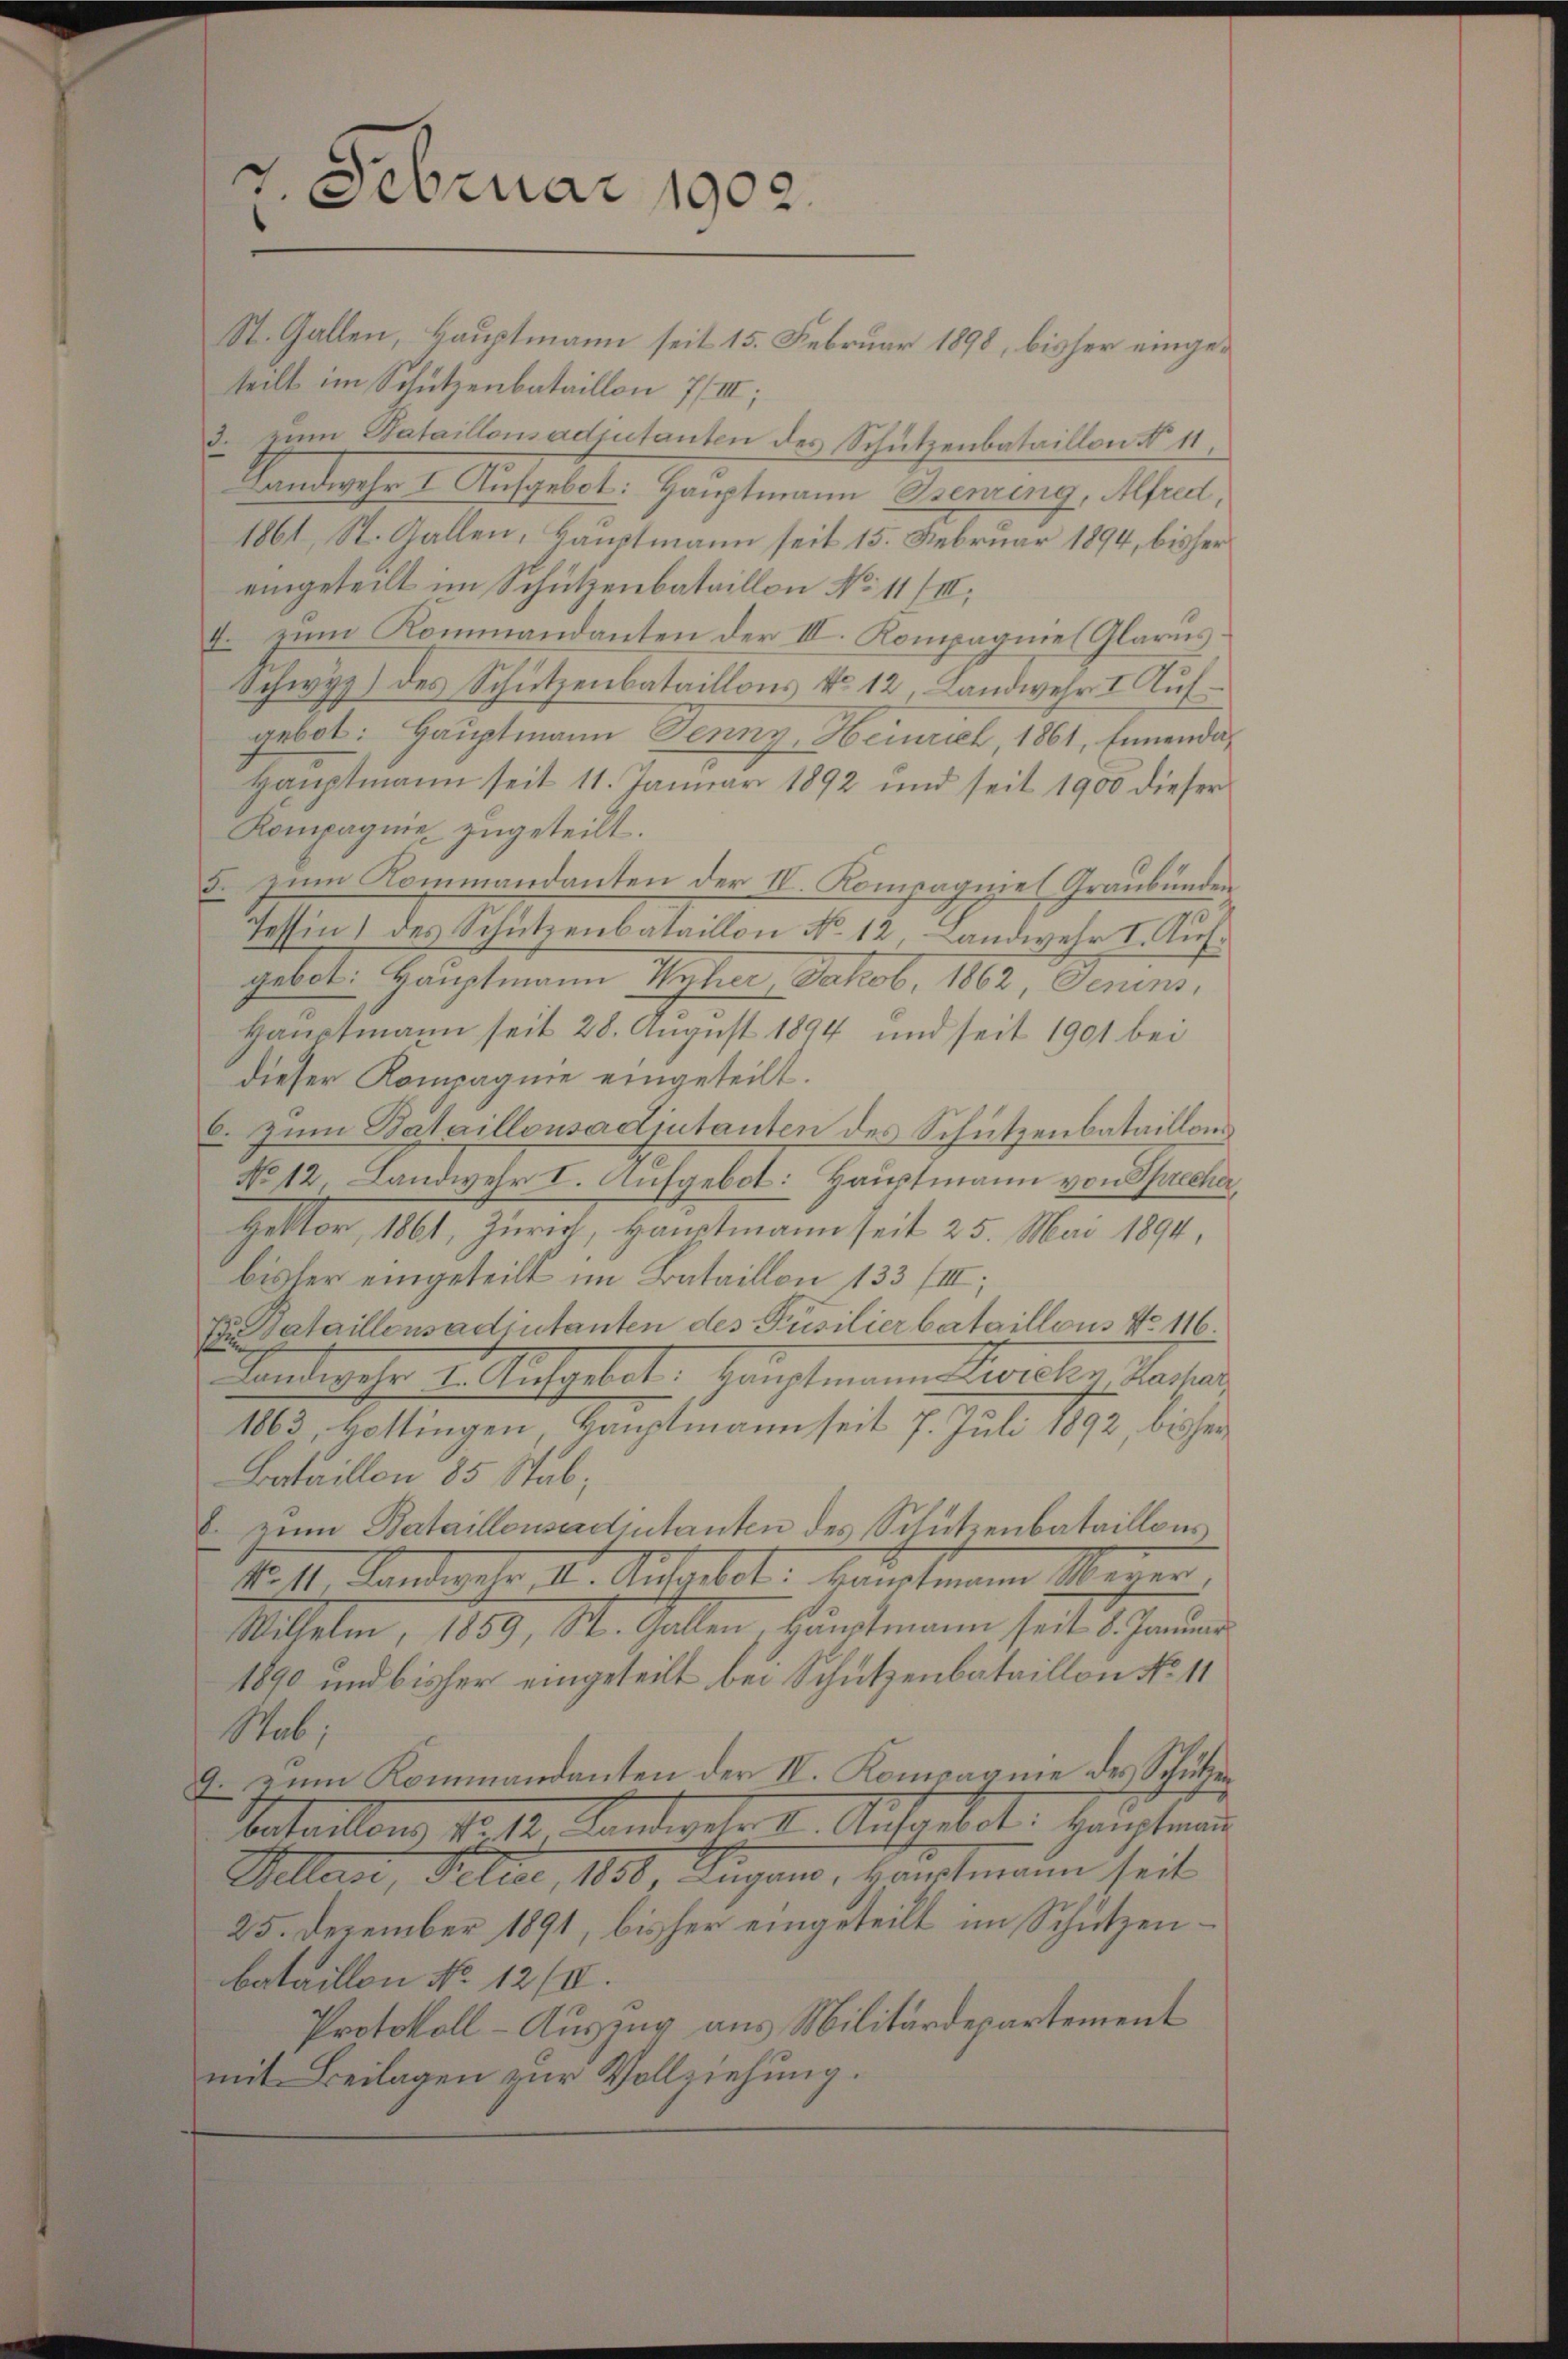
7. Februar 1902.

St. Gallen, Hauptmann seit 15. Februar 1898, bisher eingeteilt im Schützenbataillon 7/III;
3. Zum Bataillonsadjutanten des Schützenbataillon No 11.
Handwehr I. Aufgebet: Hauptmann Ssenring, Alfred,
1861, St. Gallen, Hauptmann seit 15. Februar 1894, bisher
eingeteilt im Schützenbataillon No 11 (II
4. zum Kommandanten der III. Kompagniel Glarus
Schwyz) des Schützenbataillons No. 12, Landwehr I. Aufgebot: Hauptmann Jenny, Heinrich 1861, Innenda¬
Hauptmann seit 11. Januar 1892 und seit 1900 dieser
Kompagnie zugeteilt.
5. zum Commandanten der IV. Kompagniel Graubünden
Tessin des Schutzenbataillon No. 12, Landwehr I. Kusgebot: Hauptmann Wyher, Jakob. 1862, Senins,
Hauptmann seit 28. August 1894 und seit 1901 bei
dieser Kompagnie eingeteilt.
6. Zum Bataillonsadiutanten des Schutzenbataillons
No 12, Landwehr I. Aufgebot: Hauptmann von Spreche,
Hektor, 1861, Zürich, Hauptmann seit 25. Mai 1894,
bisher eingeteilt im Bataillon 133 (III;
Fataillensadiutanten des Püsilierbataillons No 116.
Landwehr die tiefgebeten Hauptmann Percelen Sachen
1863, Hottingen, Hauptmann seit 7. Juli 1892, bisher
Bataillon 85 Stub;
8. zum Bataillonsadintanten des Schutzenbataillons
Nr. 11, Landeln, 11. Aufgebot. kanntmann Mauer,
Mitteln, 1889, St. Gallen, Hauptmann seit 1. Januar
1890 und bisher eingeteilt bei Schutzenbataillon No 11
Mab,
9 zum Kommandanten der IV. Kompagnie des Schützen
Vnterlang, d. 12. Landwehr 1. Aufgebot. Hanstan
Kallast, Delice, 1858, Lugano, Hauptmann seit
25. Dezember 1891, bisher eingeteilt im Schützenbataillon No 12/II.
Protokoll-Auszug aus Militärdepartement
mit Beilagen zur Vollziehung.